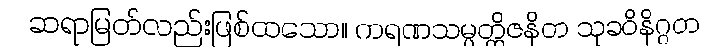
ဆရာမြတ်လည်းဖြစ်ထသော။ ကရဏသမ္ပတ္တိဇနိတ သုခဝိနိဂ္ဂတ